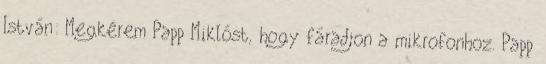
István: Megkérem Papp Miklóst, hogy fáradjon a mikrofonhoz. Papp